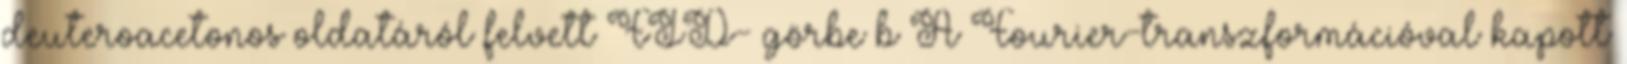
deuteroacetonos oldatáról felvett FID- görbe b A Fourier-transzformációval kapott